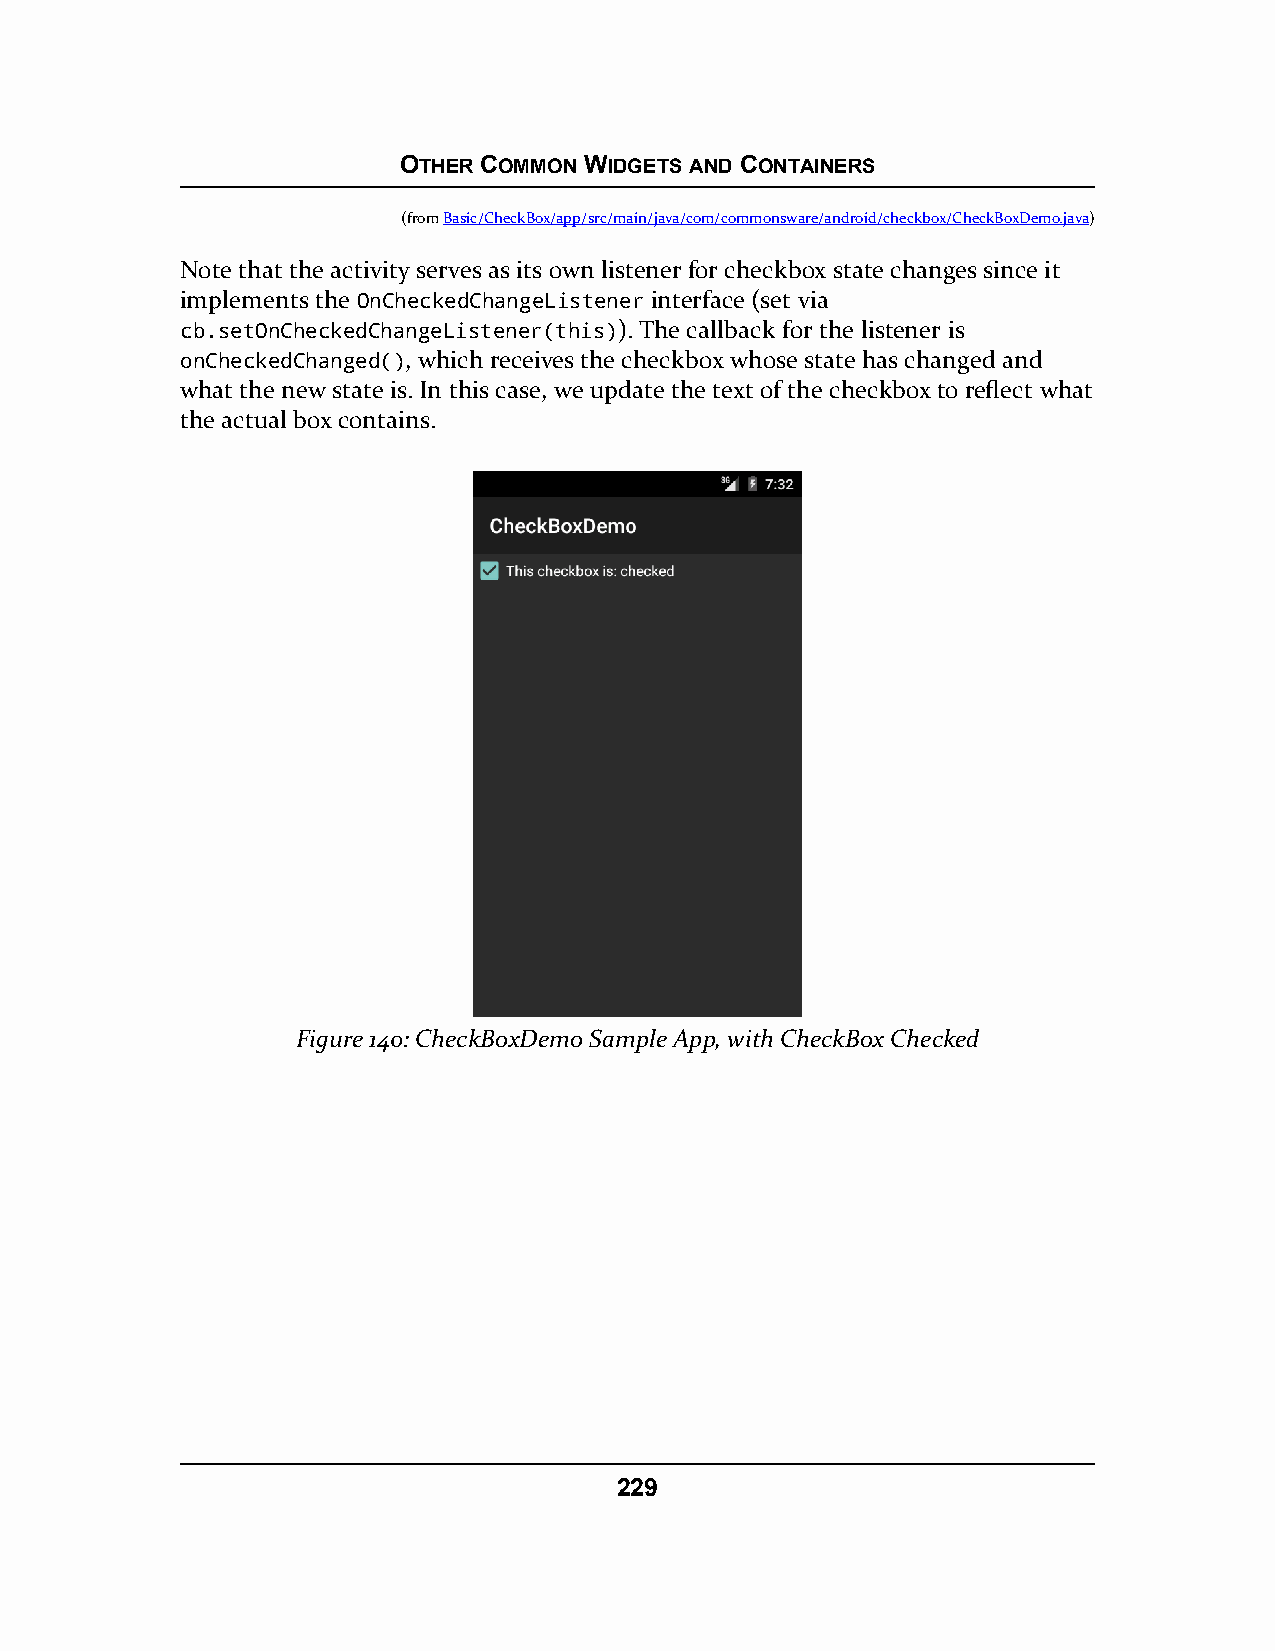
OTHER COMMON WIDGETS AND CONTAINERS
 (fromBasic/CheckBox/app/src/main/java/com/commonsware/android/checkbox/CheckBoxDemo.java)
 Note that the activity serves as its own listener for checkbox state changes since it
 implements the OnCheckedChangeListener interface (set via
 cb.setOnCheckedChangeListener(this)). The callback for the listener is
 onCheckedChanged(), which receives the checkbox whose state has changed and
 what the new state is. In this case, we update the text of the checkbox to reflect what
 the actual box contains.
 Figure 140: CheckBoxDemo Sample App, with CheckBox Checked
 229